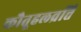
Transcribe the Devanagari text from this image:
कौतूहलव्रत्ति